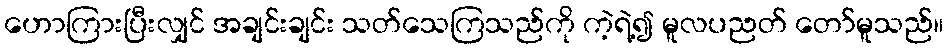
ဟောကြားပြီးလျှင် အချင်းချင်း သတ်သေကြသည်ကို ကဲ့ရဲ့၍ မူလပညတ် တော်မူသည်။